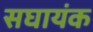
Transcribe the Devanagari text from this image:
सघायंक